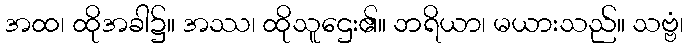
အထ၊ ထိုအခါ၌။ အဿ၊ ထိုသူဌေး၏။ ဘရိယာ၊ မယားသည်။ သဗ္ဗံ၊